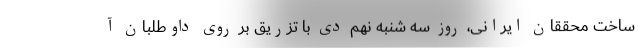
ساخت محققان ایرانی، روز سه شنبه نهم دی با تزریق بر روی داوطلبان آ